Vital statistics of India. Vol. VI, European troops 1870-79
Year: 1870
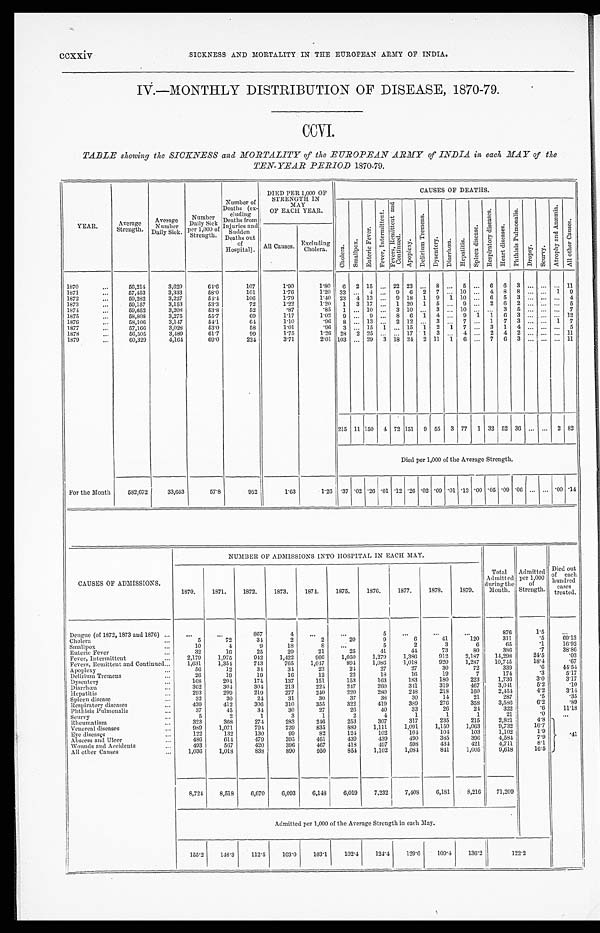
CCXXiv SICKNESS AND MORTALITY IN THE EUROPEAN ARMY OP INDIA.
IV.—MONTHLY DISTRIBUTION OF DISEASE, 1870-79.
CCVI.
TABLE showing the SICKNESS and MORTALITY of the EUROPEAN ARMY of INDIA in each MAY of the
TEN-YEAR PERIOD 1870-79.
YEAR.
Average
Strength.
Average
N u m b e r D a i l y S i c k
Number
Daily Sick
p e r 1 0 0 0 o f S t r e n g t h .
'
Number of
Deaths (ex-
cluding
Deaths from
Injuries and
,
Sudden
Deaths out
of
Hospital).
DIED PER 1,000 OF
STRENGTH IN
MAY
OF EACH YEAR.
CAUSES OF DEATHS.
C h o l e r a .
S m a l l p o x .
Ent e r i c Fe ve r .
F e v e r , I n t e r m i t t e n t .
F e v e r , R e m i t t e n t a n d C o n t i n u e d .
A p o p l e x y .
D e l i r i u m T r e m e n s .
Dysent ery.
D i a r r h œ a .
H e p a t i t i s .
S p l e e n d i s e a s e s .
All Causes.
E x c l u d i n g C h o l e r a .
1870
56,214
3,629
64.6
107
1.90
1.80
6 2 15 ...
22 23 ...
8
. . .
5 ...
6
0
3
. . .
. . .
...
11
1871
57,453
3,333
58.0
101
1.76
1.20
33
. . .
4 ...
9
6
2 7
. . .
1 0
. . . 4
8
8
. . .
. . . 1
9
1872
59,282
3,227
54.4
106
1.79
1.40
23
4
13
...
9
18
1
9
1
10
. . .
6
5
3
. . .
. . . ...
4
1 8 7 3
59,157
3,153
53.3
72
1.22
1.20
1
3
17 ...
1
20
1
5
...
0
. . .
2
6
2 ... ... ...
5
1874
59,652
3,208
53.8
52
.87
.85
1
. . . 10 ...
3
1 0 ...
3
. . . 10
. . . ...
3
5
. . .
. . . ...
7
1 8 7 5
58,808
3,275
55.7
69
1.17
1.02
9 ...
9 ...
8
6 ...
4
. . . 9
. . . 1
6
3
. . .
. . . ...
12
1876
58,106
3,147
54.1
64
1.10
.96
8 .., 13 ...
2 12
... 3
. . . 7
. . . 1
7
3
. . .
. . . 1
7
1 8 7 7
57,166
3,028
53.0
58
1.01
.96
3 ... 15
1
... 15
1
2
1
7 ...
3
1
4 ... ... ...
5
1878
50,505
3,189
61.7
99
1.75
1.26
28
2 25 . .
. . . 17
1
3
. . . 4
. . .
2
4
2
. . .
. . . ...
11
1879
For the Month
60,329
4,164
69.0
224
3.71
2.01 103 ... 29
3 18 24 2 11
. . .
6 ...
7
6
3 ... ... ... 11
215 11 150
4 72 151
9 55
3 77
1 32 52 36 ... ...
2 82
Died per 1,000 of the Average Strength.
582,672
33,653
57.8
952 I
1.63
1.26 .37 .02 .26 .01 .12 .26
.02 .09 .01 .13 .00 .05 .09 .06
. . .
. . . .00 .14
CAUSES OF ADMISSIONS.
NUMBER OF ADMISSIONS INTO HOSPITAL IN EACH MAY.
Total
Admitted
during the
Mouth.
Admitted
per 1,000
of
Strength.
Di ed out of each hundred cases
treated.
1870.
1871.
1872.
1873.
1874.
1875.
1876.
1877.
1878.
1879.
Dengue (of 1872, 1873 and 1876)
...
. . .
867
4
...
...
5
...
. . .
...
876
1.5
...
Cholera
5
72
34
2
2
20
9
6
41
120
311
.5
69.13
S m a l l p o x
1 0
4
9
18
8
...
5
2
3
6
65
. 1
16.92
Enteric Fever
32
16
25
29
21
25
41
41
73
80
3 8 6
. 7
3 8 . 8 6
Fever, Intermittent
2,179
1,975
942
1,422
966
1,050
1,279
1,386
912
2,187
14,298
24.5
.03
Fevers, Remittent and Continued
1,631
1,354
743
765
1,047
894
1,086
1,018
920
1,287
10,745
1 8 . 4
. 6 7
Apoplexy
56
12
34
34
23
21
27
27
30
72
339
. 6
4 4 . 5 4
Delirium Tremens
26
19
19
16
12
22
18
16
19
7
174
. 3
5 . 1 7
Dysentery
168
204
174
137
151
153
163
133
180
223
1,736
3 . 0
3 . 1 7
D i a r r h œ a
362
304
304
213
224
247
260
341
319
467
3 , 0 4 1
5.2
.10
Hepatitis
2 0 3
299
219
277
240
220
280
248
218
160
2,454
4.2
3.14
S p l e e n d i s e a s e
32
30
24
31
30
37
38
30
14
21
287
.5
.35
Respiratory diseases
439
412
306
310
355
322
419
389
276
358
3,586
6.2
.89
Phthisis Pulmonalis
37
45
34
30
27
26
40
33
26
24
322
.6
11.18
Scurvy
5
2
1
3
1
2
4
1
1
1
21
.0
. . .
R h e u m a t i s m
323
368
274
283
246
253
307
317
235
215
2,821
4,8
. 4 1
Venereal diseases
989
1,071
794
739
835
889
1,111
1,091
1,150
1,063
9,732
1 6 . 7
Eye diseases
122
132
130
99
82
124
102
104
104
103
1,102
1 . 9
Abscess and Ulcer
486
614
479
395
461
439
439
490
385
396
4,584
7.9
Wounds and Accidents
493
567
420
396
467
418
497
598
434
421
4,711
8.1
All other Causes
1 , 0 3 6
1,018
838
890
950
854
1,102
1,084
841
1,005
9,618
16.5
8,724
8,518
6,670
6,093
6,148
6,019
7,232
7,408
6,181
8,216
71,209
Admitted per 1,000 of the Average Strength in each May.
155.2
148.3
112.5
103.0
103.1
102.4
124.4
129.6
109.4
136.2
122.2f